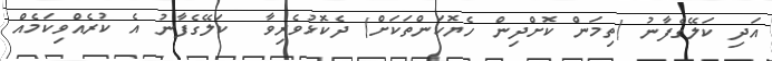
އަދި ކަލޭގެފާނު (ތިމަން ކޮށްދިން ހެޔޮކަންތަކަށް) ދެކޮޅުވެރިވާ  ކަލޭގެފާނު އެ ކުރެއްވިކަމެއް